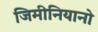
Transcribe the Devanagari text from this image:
जिमीनियानो